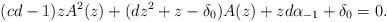
LaTeX: \begin{align*}(cd-1) zA^2(z)+(dz^2+z-\delta_0)A(z)+zd\alpha_{-1}+\delta_0=0.\end{align*}